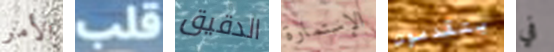
الأمر قلب الدقيق الإستمارة يتقدمون في